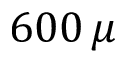
6 0 0 \, \mu